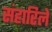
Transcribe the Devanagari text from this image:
संहारिले